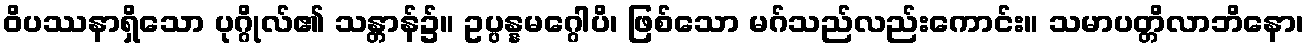
ဝိပဿနာရှိသော ပုဂ္ဂိုလ်၏ သန္တာန်၌။ ဥပ္ပန္နမဂ္ဂေါပိ၊ ဖြစ်သော မဂ်သည်လည်းကောင်း။ သမာပတ္တိလာဘိနော၊